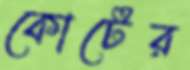
কোর্টের